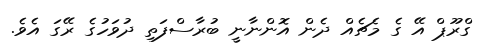
ގްރޫޕް އޭ ގެ މެޗެއް ދެން އޮންނާނީ ބުރާސްފަތި ދުވަހުގެ ރޭގަ އެވެ.